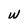
Character: w